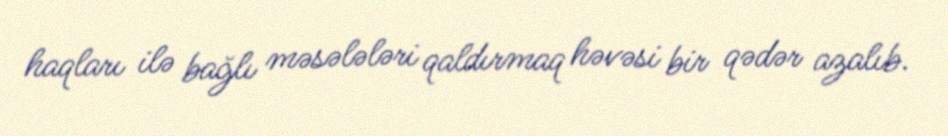
haqları ilə bağlı məsələləri qaldırmaq həvəsi bir qədər azalıb.